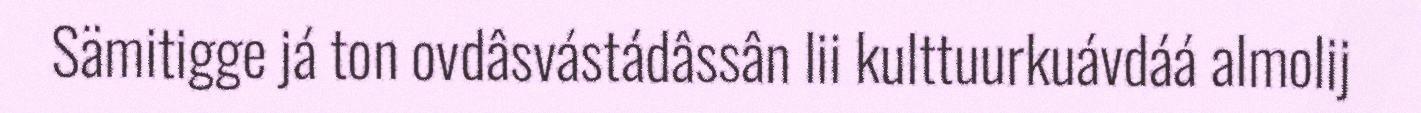
Sämitigge já ton ovdâsvástádâssân lii kulttuurkuávdáá almolij